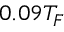
0 . 0 9 T _ { F }